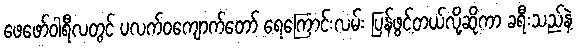
ဖေဖော်ဝါရီလတွင် ပလက်ဝကျောက်တော် ရေကြောင်းလမ်း ပြန်ဖွင့်တယ်လို့ဆိုကာ ခရီးသည်နဲ့